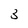
Character: 3